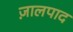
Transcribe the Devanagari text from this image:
ज़ालपाद